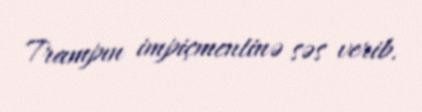
Trampın impiçmentinə səs verib.